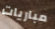
مباريات